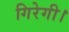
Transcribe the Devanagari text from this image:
गिरेगी।